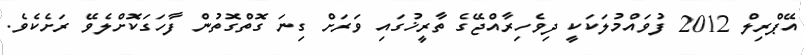
އޭޕްރިލް 2012 ފުވައްމުލަކަކީ ދިވެހިރާއްޖޭގެ ތާރީޚުގައި ވަރަށް ގިނަ ގޮތްގޮތުން ފާހަގަކޮށްލެވޭ ރަށެކެވެ.